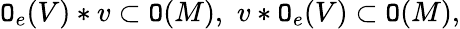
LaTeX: \mathtt{O}_{e}(V)*v\subset\mathtt{O}(M),\, \, v*\mathtt{O}_{e}(V)\subset\mathtt{O}(M),